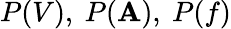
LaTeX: P(V),~P(\mathbf{A}),~P(f)